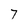
Character: 7